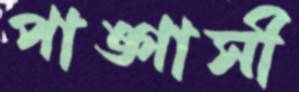
পাঙ্গাসী